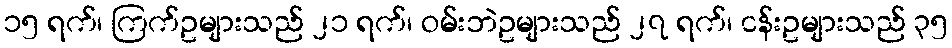
၁၅ ရက်၊ ကြက်ဥများသည် ၂၁ ရက်၊ ဝမ်းဘဲဥများသည် ၂၇ ရက်၊ ငန်းဥများသည် ၃၅